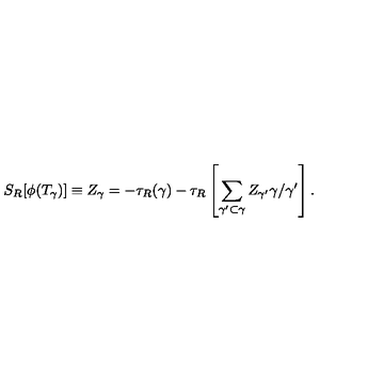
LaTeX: S _ { R } [ \phi ( T _ { \gamma } ) ] \equiv Z _ { \gamma } = - \tau _ { R } ( \gamma ) - \tau _ { R } \left[ \sum _ { \gamma ^ { \prime } \subset \gamma } Z _ { \gamma ^ { \prime } } \gamma / \gamma ^ { \prime } \right] .